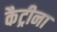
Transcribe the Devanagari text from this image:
कैट्रीना